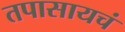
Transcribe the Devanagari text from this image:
तपासायचं